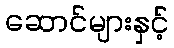
ဆောင်များနှင့်